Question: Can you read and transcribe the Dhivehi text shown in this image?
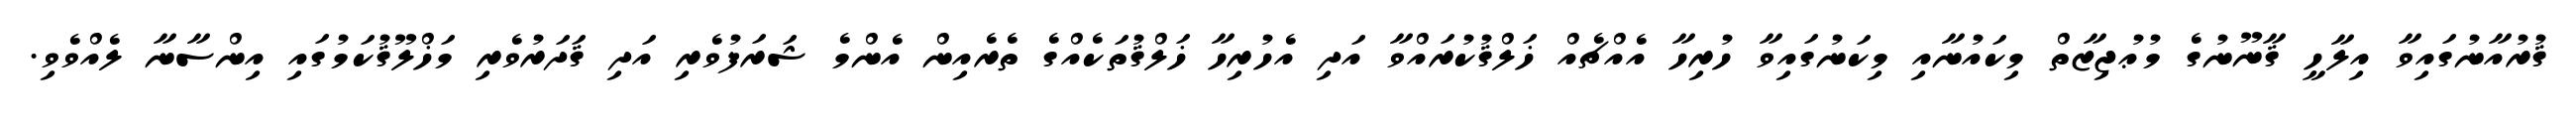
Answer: ޤުރުއާނުގައިވާ އިލާހީ ޤާނޫނުގެ މުޢުޖިޒާތް މިކައުނާއި މިކަނުގައިވާ ހުރިހާ އެއްޗެއް ޚަލްޤުކުރައްވާ އަދި އެހުރިހާ ޚަލްޤުތަކެއްގެ ތެރެއިން އެންމެ ޝަރަފުވެރި އަދި ޤަދަރުވެރި މަޚްލޫޤުކަމުގައި އިންސާނާ ލެއްވެވި.